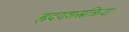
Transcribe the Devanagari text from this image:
ह्रदयशस्त्रक्रिया